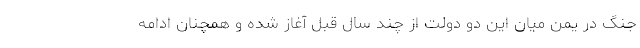
جنگ در یمن میان این دو دولت از چند سال قبل آغاز شده و همچنان ادامه